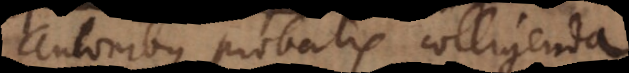
autoribus probatis colligenda